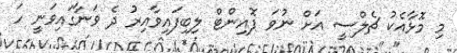
މި މޮޅާއެކު ޗެލްސީ އަށް ނުވަ ޕޮއިންޓް ލިބިފައިވާއިރު ދެ ވަނާގައިވަނީ ހަ